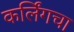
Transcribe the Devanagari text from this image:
कर्लिंगचा